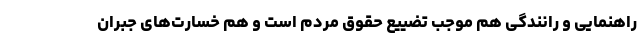
راهنمایی و رانندگی هم موجب تضییع حقوق مردم است و هم خسارت‌های جبران